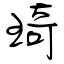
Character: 琦